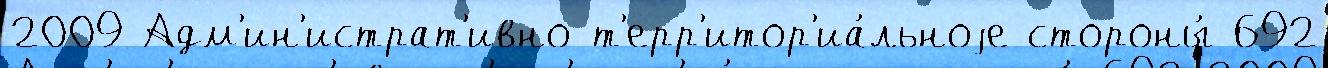
2009 Адм'ин'истрат'ивно-т'ерр'итор'иа́льноjе стороны́ 692